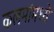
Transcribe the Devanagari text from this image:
कलमांमध्ये